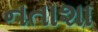
નતાશા